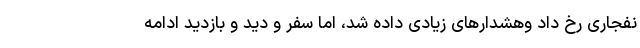
نفجاری رخ داد وهشدار‌های زیادی داده شد، اما سفر و دید و بازدید ادامه